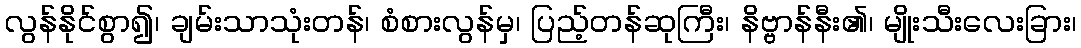
လွန်နိုင်စွာ၍၊ ချမ်းသာသုံးတန်၊ စံစားလွန်မှ၊ ပြည့်တန်ဆုကြီး၊ နိဗ္ဗာန်နီး၏၊ မျိုးသီးလေးခြား၊